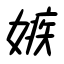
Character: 嫉